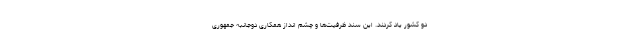
دو کشور یاد کردند. این سند ظرفیت‌ها و چشم انداز همکاری دوجانبه جمهوری